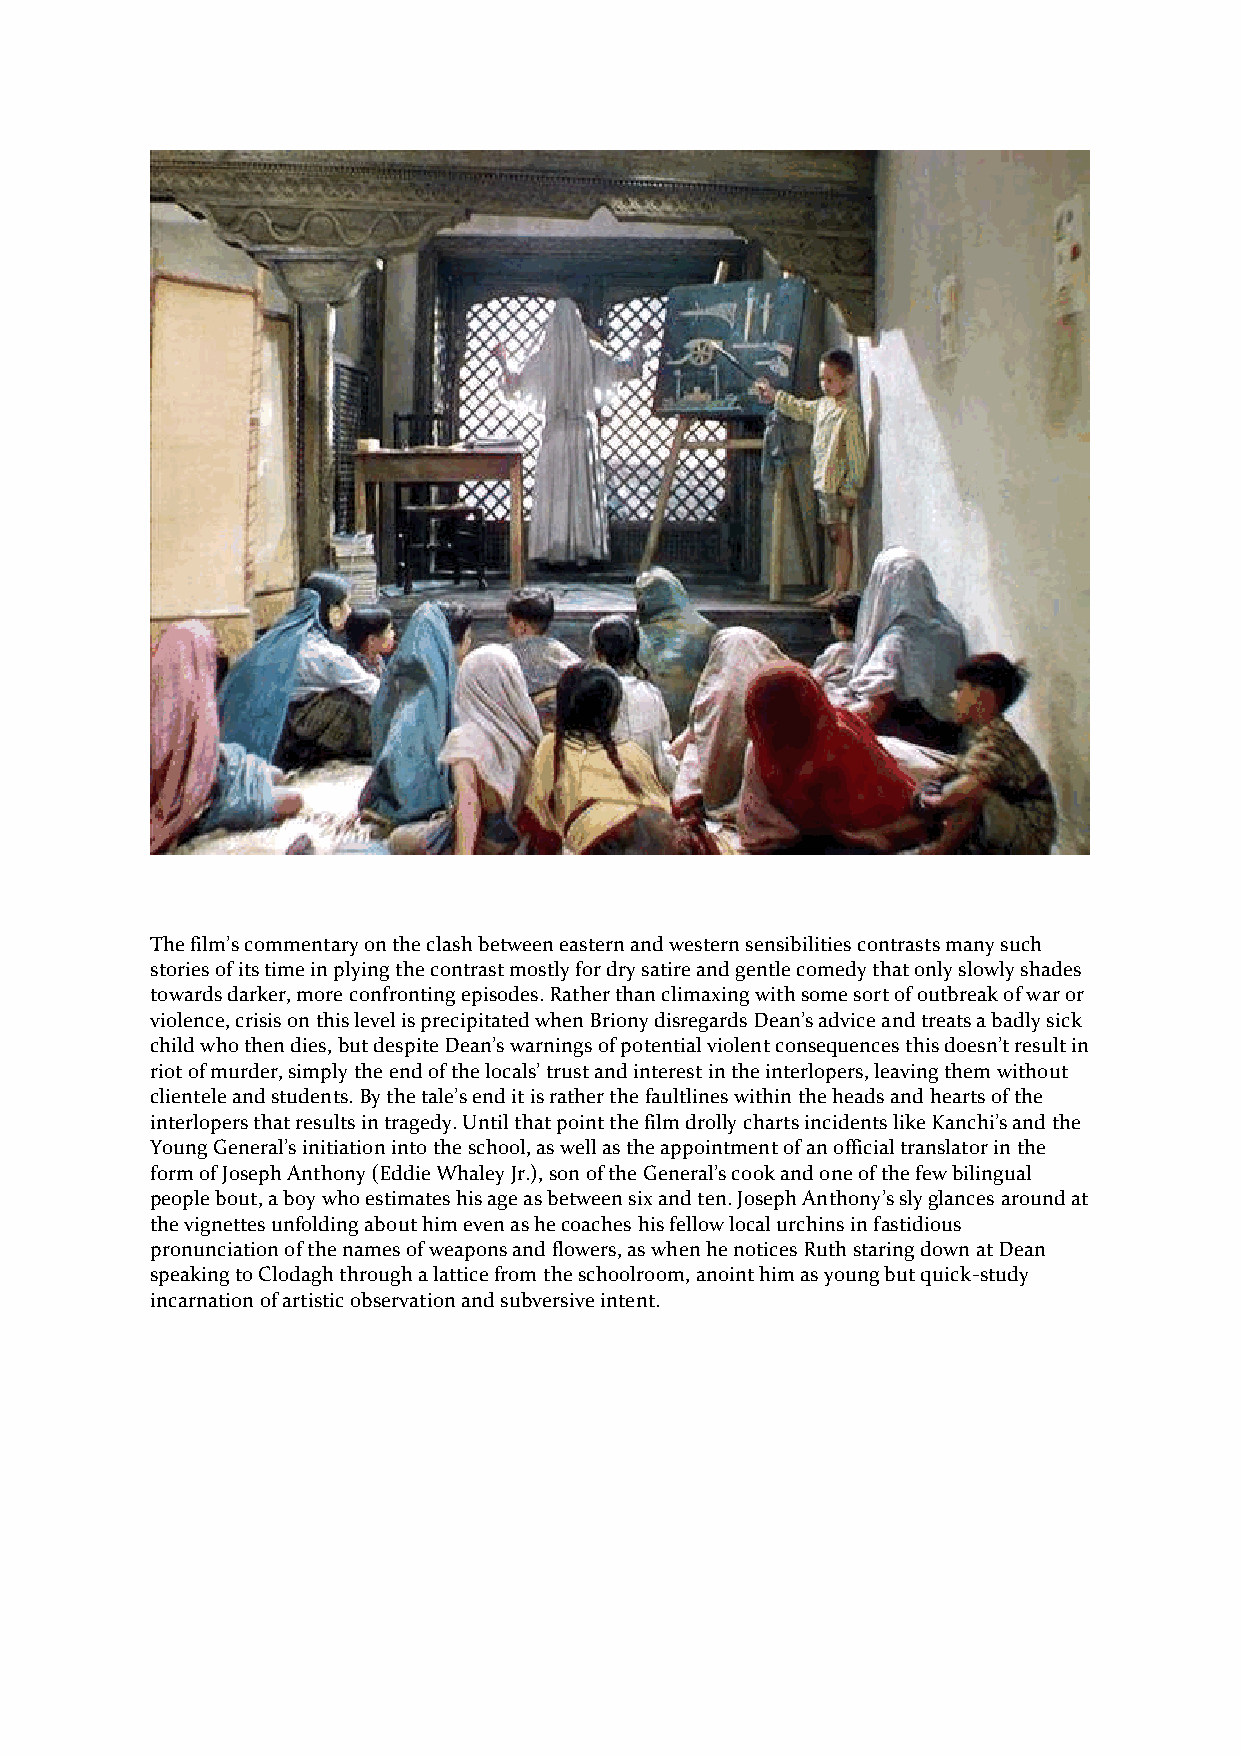
The film’s commentary on the clash between eastern and western sensibilities contrasts many such
 stories of its time in plying the contrast mostly for dry satire and gentle comedy that only slowly shades
 towards darker, more confronting episodes. Rather than climaxing with some sort of outbreak of war or
 violence, crisis on this level is precipitated when Briony disregards Dean’s advice and treats a badly sick
 child who then dies, but despite Dean’s warnings of potential violent consequences this doesn’t result in
 riot of murder, simply the end of the locals’ trust and interest in the interlopers, leaving them without
 clientele and students. By the tale’s end it is rather the faultlines within the heads and hearts of the
 interlopers that results in tragedy. Until that point the film drolly charts incidents like Kanchi’s and the
 Young General’s initiation into the school, as well as the appointment of an official translator in the
 form of Joseph Anthony (Eddie Whaley Jr.), son of the General’s cook and one of the few bilingual
 people bout, a boy who estimates his age as between six and ten. Joseph Anthony’s sly glances around at
 the vignettes unfolding about him even as he coaches his fellow local urchins in fastidious
 pronunciation of the names of weapons and flowers, as when he notices Ruth staring down at Dean
 speaking to Clodagh through a lattice from the schoolroom, anoint him as young but quick-study
 incarnation of artistic observation and subversive intent.